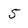
Character: 5